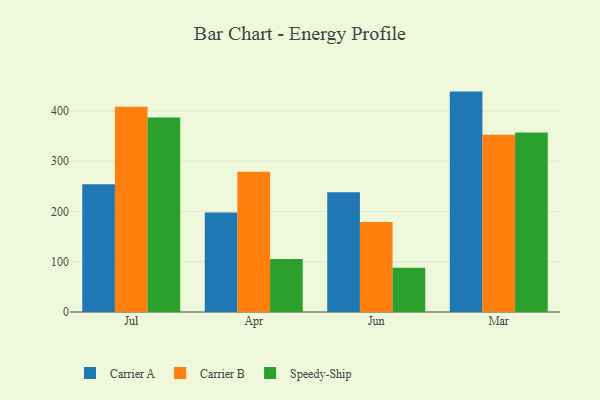
{"axis": {"x": "Month", "y": "Gross Profit (USD K)"}, "legend": ["Carrier A", "Carrier B", "Speedy-Ship"], "data": [{"x": "Jul", "y": 254.2, "type": "Carrier A"}, {"x": "Jul", "y": 408.6, "type": "Carrier B"}, {"x": "Jul", "y": 387.0, "type": "Speedy-Ship"}, {"x": "Apr", "y": 197.9, "type": "Carrier A"}, {"x": "Apr", "y": 279.2, "type": "Carrier B"}, {"x": "Apr", "y": 105.4, "type": "Speedy-Ship"}, {"x": "Jun", "y": 238.1, "type": "Carrier A"}, {"x": "Jun", "y": 179.0, "type": "Carrier B"}, {"x": "Jun", "y": 87.9, "type": "Speedy-Ship"}, {"x": "Mar", "y": 438.5, "type": "Carrier A"}, {"x": "Mar", "y": 352.5, "type": "Carrier B"}, {"x": "Mar", "y": 357.1, "type": "Speedy-Ship"}]}